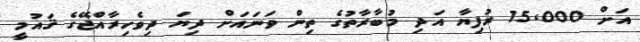
އަށް 15